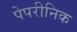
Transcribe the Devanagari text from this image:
पेपरीनिक